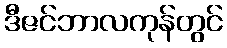
ဒီဇင်ဘာလကုန်တွင်